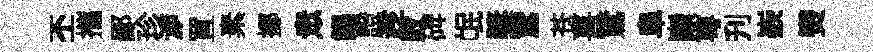
丕攜鄙珍㴑罝素擲衆餳證趁敗𥓓氓奬鵞苍喜鵞阜巔萼刋嶔𤓖